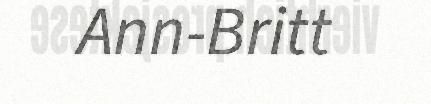
Ann-Britt